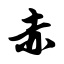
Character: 赤